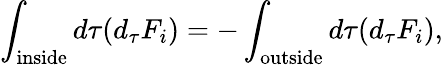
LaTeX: \int_{\mathrm{inside}}d\tau(d_{\tau}F_{i})=-\int_{\mathrm{outside}}d\tau(d_{\tau}F_{i}),